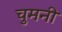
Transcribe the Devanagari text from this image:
चुमनी